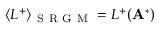
\langle L ^ { + } \rangle _ { \mathrm { ~ S ~ R ~ G ~ M ~ } } = L ^ { + } ( \mathbf { A } ^ { * } )